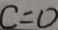
c = 0